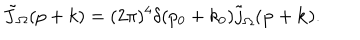
LaTeX: \tilde { J } _ { \Omega } ( p + k ) = ( 2 \pi ) ^ { 4 } \delta ( p _ { 0 } + k _ { 0 } ) \tilde { j } _ { \Omega } ( { \bf p } + { \bf k } ) .